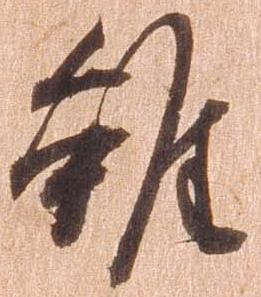
雖